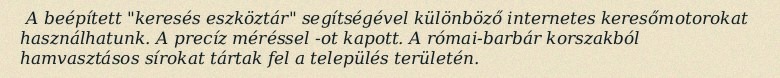
A beépített "keresés eszköztár" segítségével különböző internetes keresőmotorokat használhatunk. A precíz méréssel -ot kapott. A római-barbár korszakból hamvasztásos sírokat tártak fel a település területén.